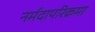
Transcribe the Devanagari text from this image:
नर्मदापरिक्रमा